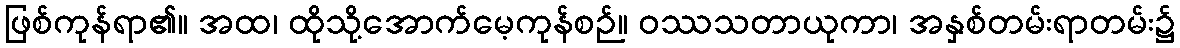
ဖြစ်ကုန်ရာ၏။ အထ၊ ထိုသို့အောက်မေ့ကုန်စဉ်။ ဝဿသတာယုကာ၊ အနှစ်တမ်းရာတမ်း၌